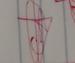
Signature authenticity: genuine